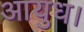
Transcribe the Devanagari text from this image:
आयुध।